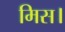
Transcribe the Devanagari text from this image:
मिस।